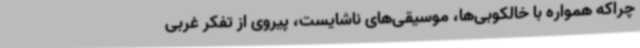
چراکه همواره با خالکوبی‌ها، موسیقی‌های ناشایست، پیروی از تفکر غربی